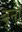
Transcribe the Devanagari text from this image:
बृनो